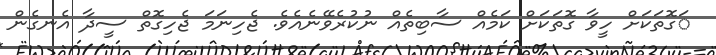
ަގޮތަކަށް ހީވާ ގޮތަކަށް ކަމެއް ސާބިތެއް ނުކުރެވޭނެއެވެ. ޖެހިނަމަ ޖެހިގޮތް ސީދާ އެނގެން